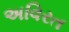
અવિરત